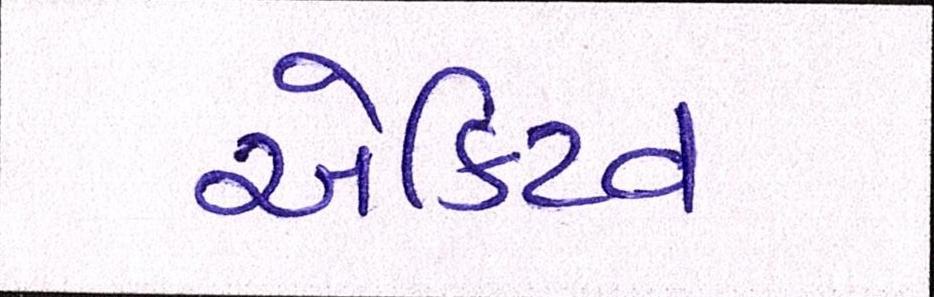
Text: એક્ટિવ